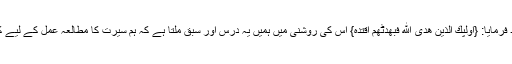
ارشاد فرمایا: {اُوْلٰٓپك الَّذِیْنَ ھَدَی اللّٰه فَبِھُدٰٹھُمُ اقْتَدِه} اس کی روشنی میں ہمیں یہ درس اور سبق ملتا ہے کہ ہم سیرت کا مطالعہ عمل کے لیے کریں۔